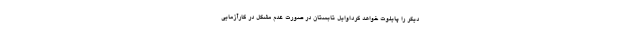
دیگر را پایلوت خواهد کرد.اوایل تابستان در صورت عدم مشکل در کارآزمایی